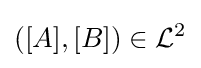
([A],[B])\in {\mathcal {L}}^{2}